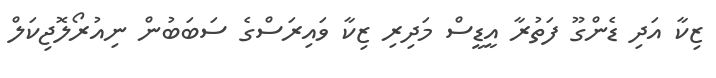
ޒިކާ އަދި ޑެންގޫ ފަތުރާ އީޑީސް މަދިރި ޒިކާ ވައިރަސްގެ ސަބަބުން ނިއުރޯލޮޖިކަލް